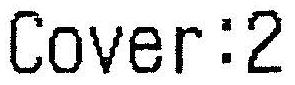
COVER:2